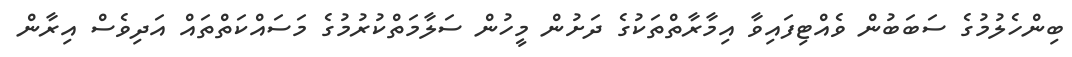
ބިންހެލުމުގެ ސަބަބުން ވެއްޓިފައިވާ އިމާރާތްތަކުގެ ދަށުން މީހުން ސަލާމަތްކުރުމުގެ މަސައްކަތްތައް އަދިވެސް އިރާން